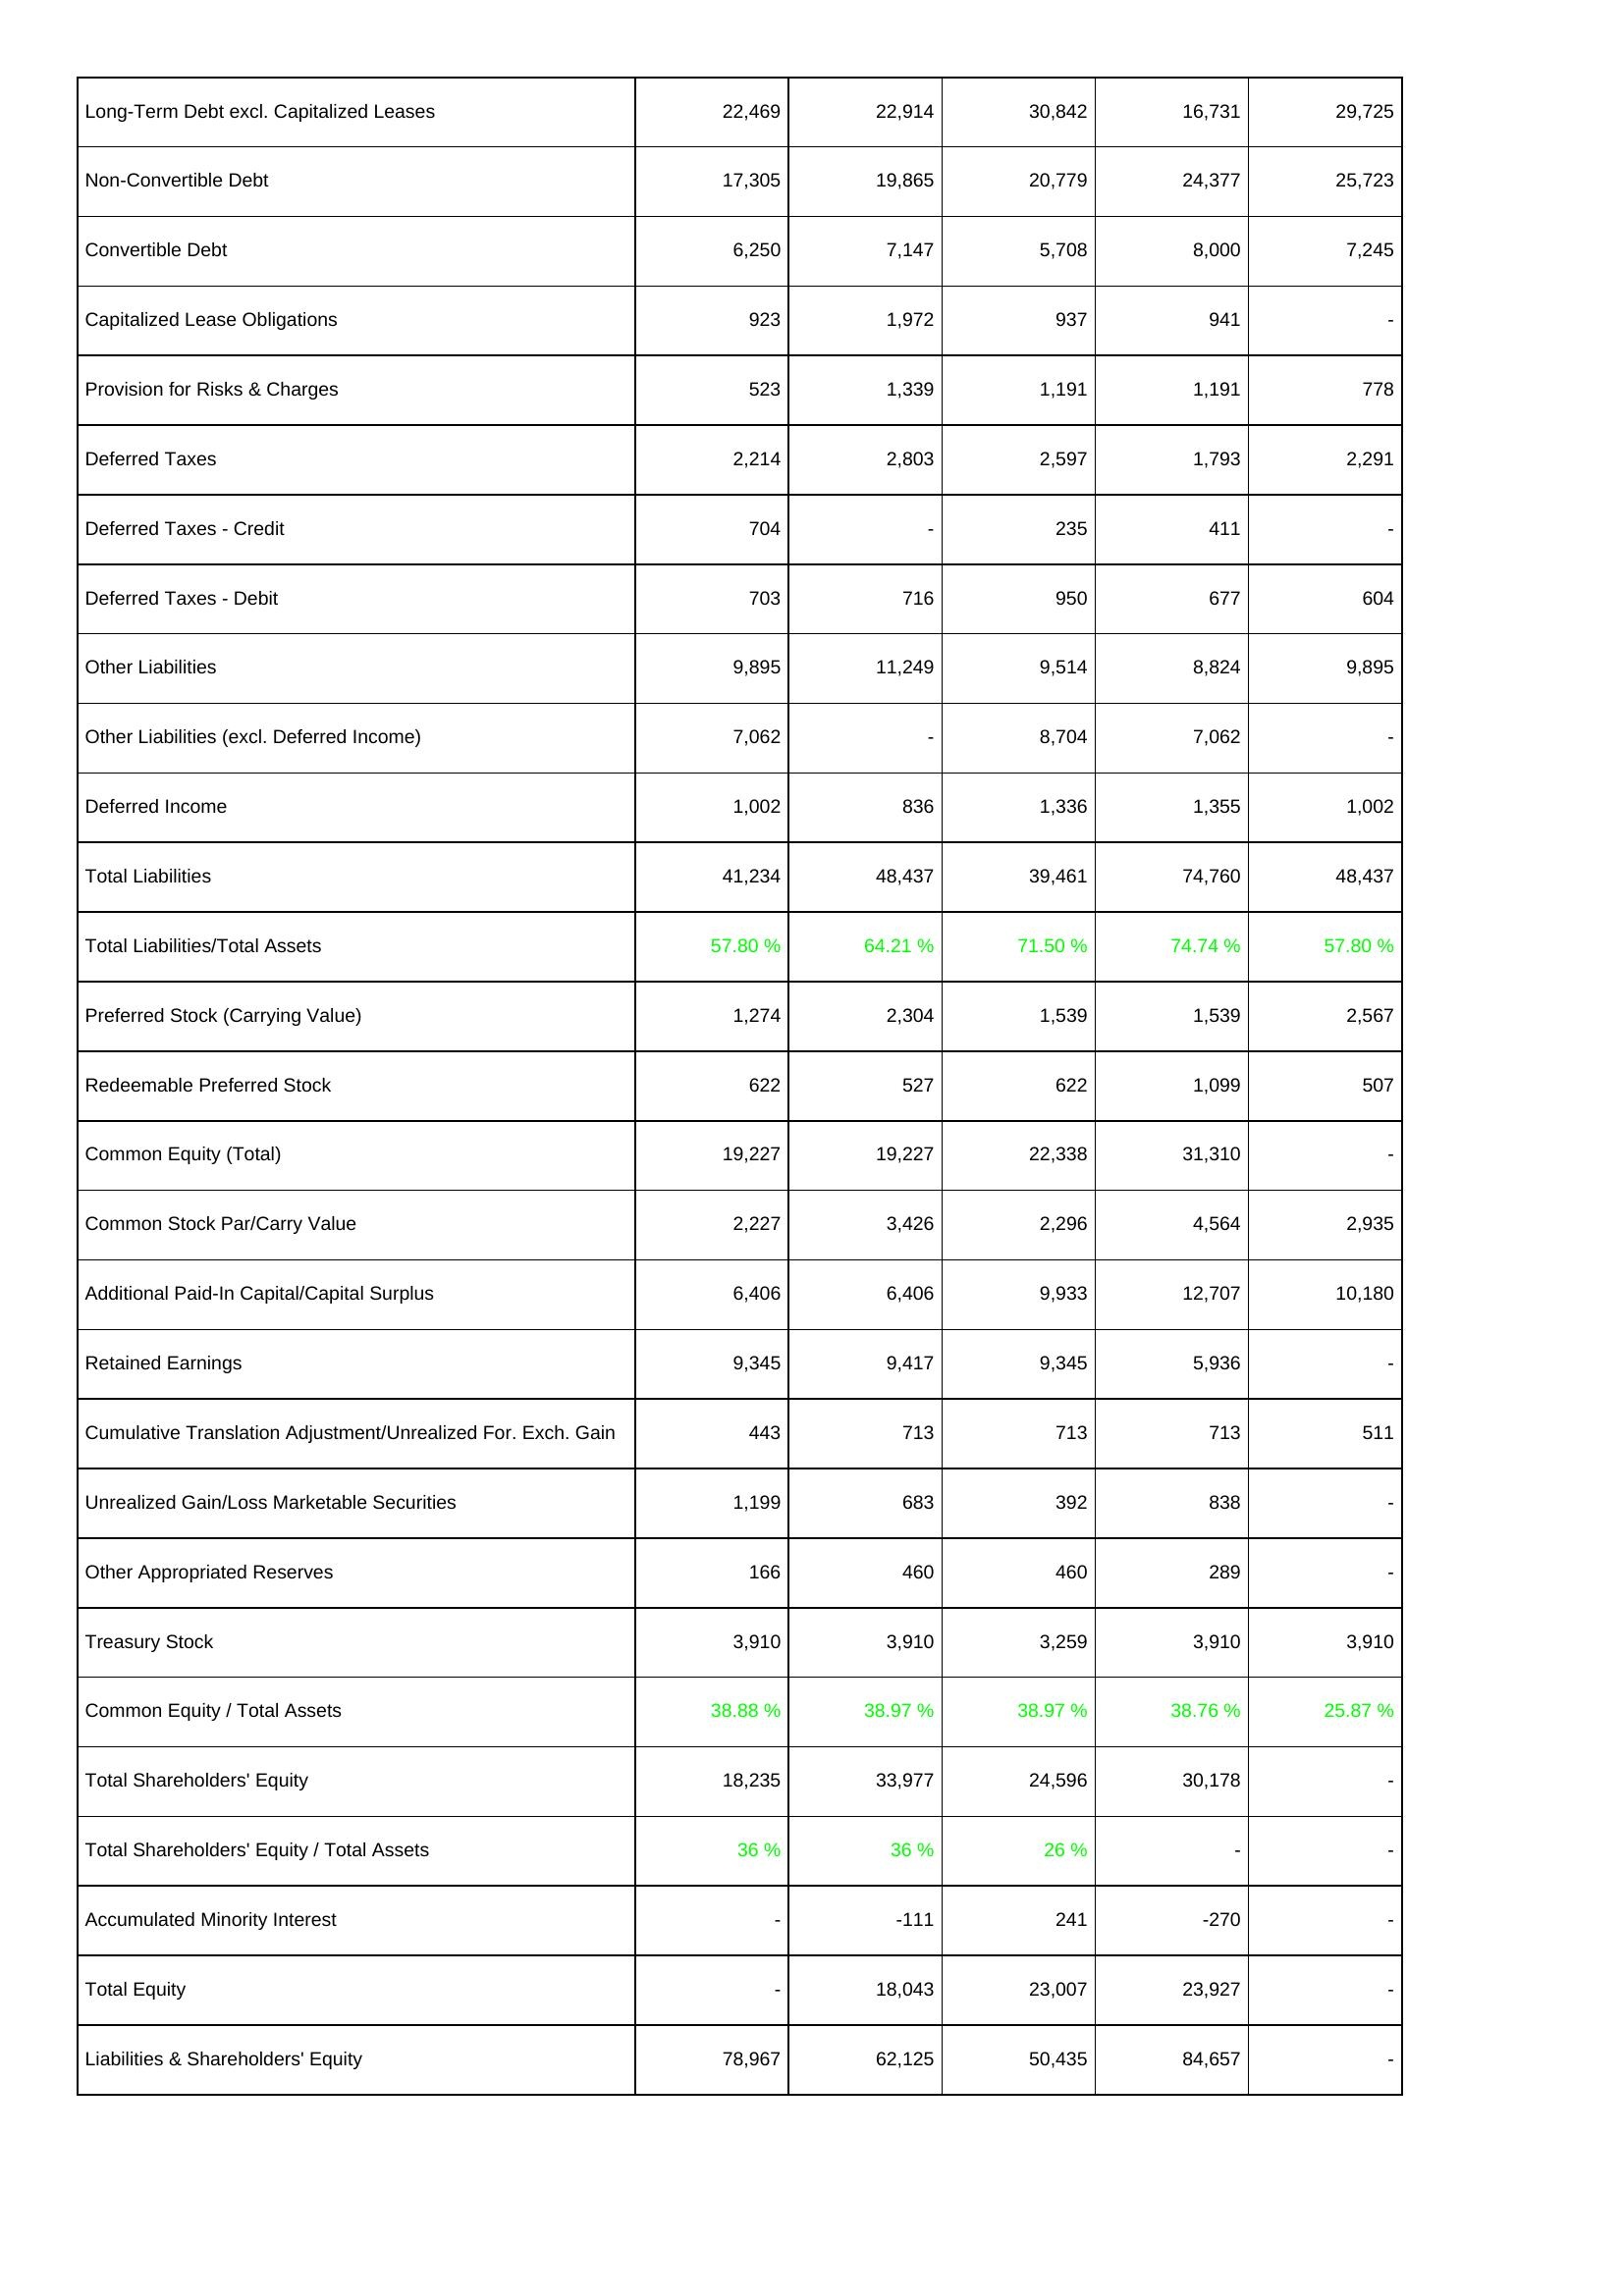
2015: Liabilities & Shareholders' Equity: Long-Term Debt excl. Capitalized Leases: 22,469
Non-Convertible Debt: 17,305
Convertible Debt: 6,250
Capitalized Lease Obligations: 923
Provision for Risks & Charges: 523
Deferred Taxes: 2,214
Deferred Taxes - Credit: 704
Deferred Taxes - Debit: 703
Other Liabilities: 9,895
Other Liabilities (excl. Deferred Income): 7,062
Deferred Income: 1,002
Total Liabilities: 41,234
Total Liabilities/Total Assets: 57.80 %
Preferred Stock (Carrying Value): 1,274
Redeemable Preferred Stock: 622
Common Equity (Total): 19,227
Common Stock Par/Carry Value: 2,227
Additional Paid-In Capital/Capital Surplus: 6,406
Retained Earnings: 9,345
Cumulative Translation Adjustment/Unrealized For. Exch. Gain: 443
Unrealized Gain/Loss Marketable Securities: 1,199
Other Appropriated Reserves: 166
Treasury Stock: 3,910
Common Equity / Total Assets: 38.88 %
Total Shareholders' Equity: 18,235
Total Shareholders' Equity / Total Assets: 36 %
Accumulated Minority Interest: -
Total Equity: -
Liabilities & Shareholders' Equity: 78,967
2016: Liabilities & Shareholders' Equity: Long-Term Debt excl. Capitalized Leases: 22,914
Non-Convertible Debt: 19,865
Convertible Debt: 7,147
Capitalized Lease Obligations: 1,972
Provision for Risks & Charges: 1,339
Deferred Taxes: 2,803
Deferred Taxes - Credit: -
Deferred Taxes - Debit: 716
Other Liabilities: 11,249
Other Liabilities (excl. Deferred Income): -
Deferred Income: 836
Total Liabilities: 48,437
Total Liabilities/Total Assets: 64.21 %
Preferred Stock (Carrying Value): 2,304
Redeemable Preferred Stock: 527
Common Equity (Total): 19,227
Common Stock Par/Carry Value: 3,426
Additional Paid-In Capital/Capital Surplus: 6,406
Retained Earnings: 9,417
Cumulative Translation Adjustment/Unrealized For. Exch. Gain: 713
Unrealized Gain/Loss Marketable Securities: 683
Other Appropriated Reserves: 460
Treasury Stock: 3,910
Common Equity / Total Assets: 38.97 %
Total Shareholders' Equity: 33,977
Total Shareholders' Equity / Total Assets: 36 %
Accumulated Minority Interest: -111
Total Equity: 18,043
Liabilities & Shareholders' Equity: 62,125
2017: Liabilities & Shareholders' Equity: Long-Term Debt excl. Capitalized Leases: 30,842
Non-Convertible Debt: 20,779
Convertible Debt: 5,708
Capitalized Lease Obligations: 937
Provision for Risks & Charges: 1,191
Deferred Taxes: 2,597
Deferred Taxes - Credit: 235
Deferred Taxes - Debit: 950
Other Liabilities: 9,514
Other Liabilities (excl. Deferred Income): 8,704
Deferred Income: 1,336
Total Liabilities: 39,461
Total Liabilities/Total Assets: 71.50 %
Preferred Stock (Carrying Value): 1,539
Redeemable Preferred Stock: 622
Common Equity (Total): 22,338
Common Stock Par/Carry Value: 2,296
Additional Paid-In Capital/Capital Surplus: 9,933
Retained Earnings: 9,345
Cumulative Translation Adjustment/Unrealized For. Exch. Gain: 713
Unrealized Gain/Loss Marketable Securities: 392
Other Appropriated Reserves: 460
Treasury Stock: 3,259
Common Equity / Total Assets: 38.97 %
Total Shareholders' Equity: 24,596
Total Shareholders' Equity / Total Assets: 26 %
Accumulated Minority Interest: 241
Total Equity: 23,007
Liabilities & Shareholders' Equity: 50,435
2018: Liabilities & Shareholders' Equity: Long-Term Debt excl. Capitalized Leases: 16,731
Non-Convertible Debt: 24,377
Convertible Debt: 8,000
Capitalized Lease Obligations: 941
Provision for Risks & Charges: 1,191
Deferred Taxes: 1,793
Deferred Taxes - Credit: 411
Deferred Taxes - Debit: 677
Other Liabilities: 8,824
Other Liabilities (excl. Deferred Income): 7,062
Deferred Income: 1,355
Total Liabilities: 74,760
Total Liabilities/Total Assets: 74.74 %
Preferred Stock (Carrying Value): 1,539
Redeemable Preferred Stock: 1,099
Common Equity (Total): 31,310
Common Stock Par/Carry Value: 4,564
Additional Paid-In Capital/Capital Surplus: 12,707
Retained Earnings: 5,936
Cumulative Translation Adjustment/Unrealized For. Exch. Gain: 713
Unrealized Gain/Loss Marketable Securities: 838
Other Appropriated Reserves: 289
Treasury Stock: 3,910
Common Equity / Total Assets: 38.76 %
Total Shareholders' Equity: 30,178
Total Shareholders' Equity / Total Assets: -
Accumulated Minority Interest: -270
Total Equity: 23,927
Liabilities & Shareholders' Equity: 84,657
2019: Liabilities & Shareholders' Equity: Long-Term Debt excl. Capitalized Leases: 29,725
Non-Convertible Debt: 25,723
Convertible Debt: 7,245
Capitalized Lease Obligations: -
Provision for Risks & Charges: 778
Deferred Taxes: 2,291
Deferred Taxes - Credit: -
Deferred Taxes - Debit: 604
Other Liabilities: 9,895
Other Liabilities (excl. Deferred Income): -
Deferred Income: 1,002
Total Liabilities: 48,437
Total Liabilities/Total Assets: 57.80 %
Preferred Stock (Carrying Value): 2,567
Redeemable Preferred Stock: 507
Common Equity (Total): -
Common Stock Par/Carry Value: 2,935
Additional Paid-In Capital/Capital Surplus: 10,180
Retained Earnings: -
Cumulative Translation Adjustment/Unrealized For. Exch. Gain: 511
Unrealized Gain/Loss Marketable Securities: -
Other Appropriated Reserves: -
Treasury Stock: 3,910
Common Equity / Total Assets: 25.87 %
Total Shareholders' Equity: -
Total Shareholders' Equity / Total Assets: -
Accumulated Minority Interest: -
Total Equity: -
Liabilities & Shareholders' Equity: -